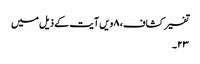
تفسیر کشاف، ۸ویں آیت کے ذیل میں
۲۳۔